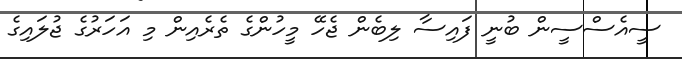
ސީއެސްސީން ބުނީ ފައިސާ ލިބެން ޖެހޭ މީހުންގެ ތެރެއިން މި އަހަރުގެ ޖުލައިގެ